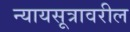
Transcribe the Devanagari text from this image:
न्यायसूत्रावरील